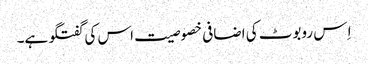
اِ س روبوٹ کی اضافی خصوصیت اس کی گفتگو ہے۔